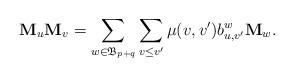
LaTeX: \begin{align*} \mathbf{M}_{u} \mathbf{M}_{v}=\sum_{w\in\mathfrak{B}_{p+q}}\sum_{v\leq v'}\mu(v,v')b_{u,v'}^w\mathbf{M}_{w}.\end{align*}